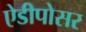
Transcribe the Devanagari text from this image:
ऐडीपोसर